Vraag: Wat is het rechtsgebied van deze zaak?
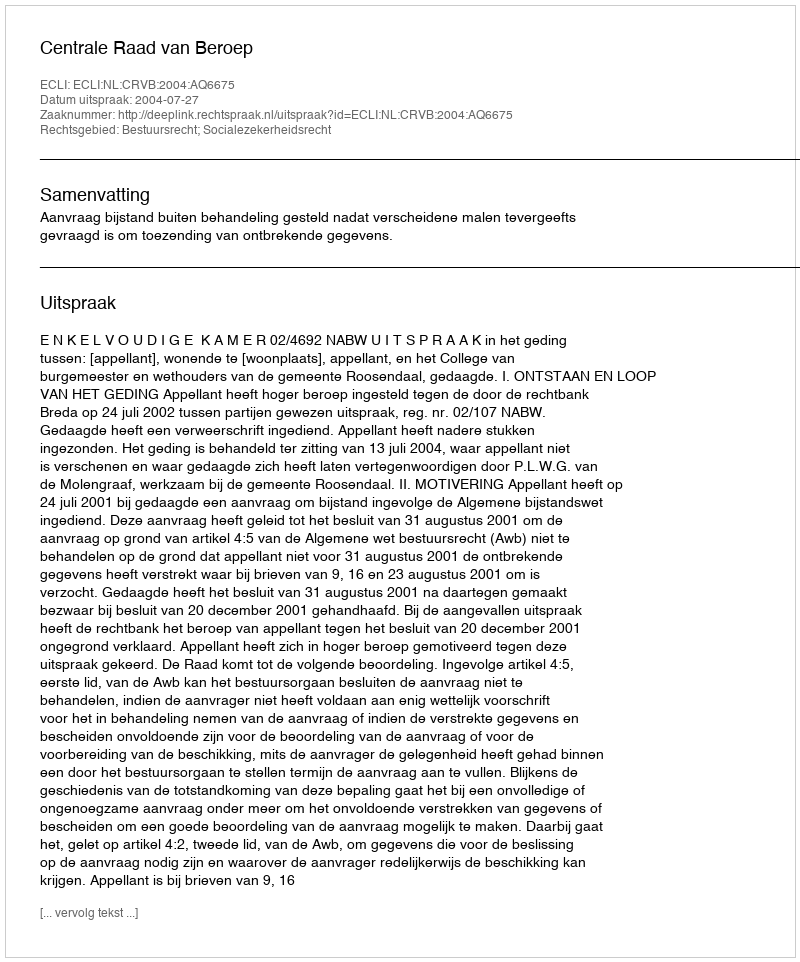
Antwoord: Bestuursrecht; Socialezekerheidsrecht